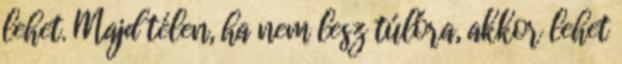
lehet. Majd télen, ha nem lesz túlóra, akkor lehet